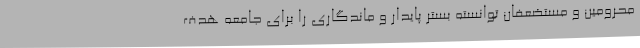
محرومین و مستضعفان توانسته بستر پایدار و ماندگاری را برای جامعه هدف